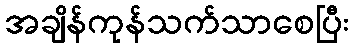
အချိန်ကုန်သက်သာစေပြီး